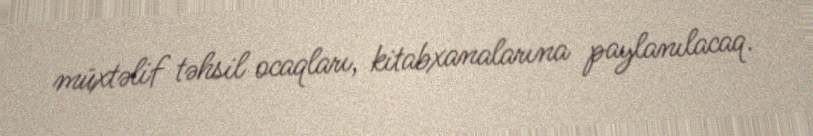
müxtəlif təhsil ocaqları, kitabxanalarına paylanılacaq.